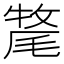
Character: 𭯡